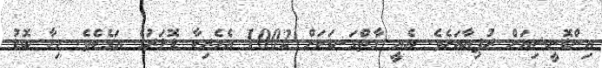
އިންޑޮނީޝިއަން ރުޕިޔާއަށެވެ. އެއީ ގާތްގަނޑަކަށް 1002 އެމެރިކާ ޑޮލަރުގެ އަގެކެވެ. މިހާ ބޮޑު